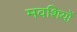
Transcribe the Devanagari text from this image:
मवशियों